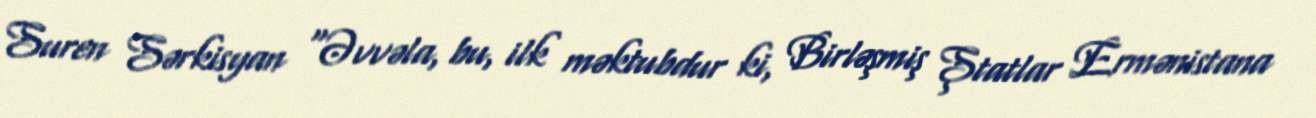
Suren Sərkisyan “Əvvəla, bu, ilk məktubdur ki, Birləşmiş Ştatlar Ermənistana